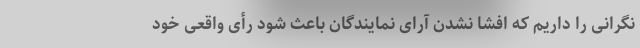
نگرانی را داریم که افشا نشدن آرای نمایندگان باعث شود رأی واقعی خود